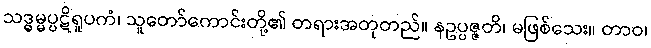
သဒ္ဓမ္မပ္ပဋိရူပကံ၊ သူတော်ကောင်းတို့၏ တရားအတုတည်။ နဥပ္ပဇ္ဇတိ၊ မဖြစ်သေး။ တာဝ၊